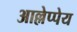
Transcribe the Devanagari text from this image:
आल्लेप्पेय